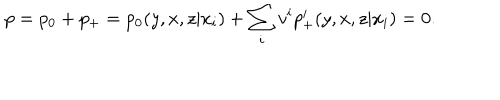
p = p _ { 0 } + p _ { + } = p _ { 0 } ( y , x , z | x _ { i } ) + \sum _ { i } v ^ { i } p _ { + } ^ { i } ( y , x , z | x _ { i } ) = 0 .